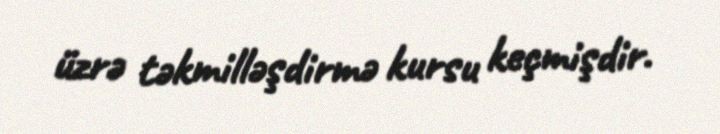
üzrə təkmilləşdirmə kursu keçmişdir.